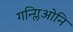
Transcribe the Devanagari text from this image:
गन्ग्लिओनि